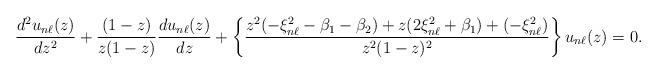
LaTeX: \begin{align*}\frac{d^2u_{n\ell}(z)}{dz^2}+\frac{(1-z)}{z(1-z)}\frac{du_{n\ell}(z)}{dz}+\left\{\frac{z^2(-\xi_{n\ell}^2-\beta_1-\beta_2)+z(2\xi_{n\ell}^2+\beta_1)+(-\xi_{n\ell}^2)}{z^2(1-z)^2}\right\}u_{n\ell}(z)=0.\end{align*}